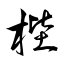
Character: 梐